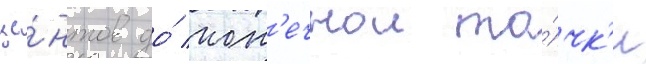
це́нтов до́ кон'ечнои то́чк'и